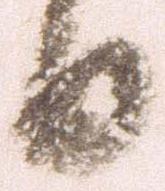
日